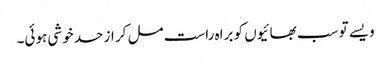
ویسے تو سب بھائیوں کو براہ راست مل کر از حد خوشی ہوئی۔